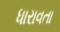
ધારાવતા